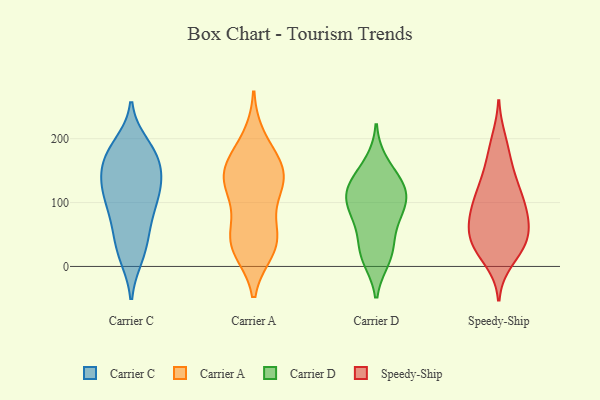
{"axis": {"x": "Headcount", "y": "Value"}, "legend": ["Carrier A", "Carrier C", "Carrier D", "Speedy-Ship"], "data": [{"x": "", "y": 181, "type": "Carrier C"}, {"x": "", "y": 110, "type": "Carrier C"}, {"x": "", "y": 169, "type": "Carrier C"}, {"x": "", "y": 18, "type": "Carrier C"}, {"x": "", "y": 126, "type": "Carrier C"}, {"x": "", "y": 85, "type": "Carrier C"}, {"x": "", "y": 35, "type": "Carrier C"}, {"x": "", "y": 152, "type": "Carrier C"}, {"x": "", "y": 127, "type": "Carrier C"}, {"x": "", "y": 140, "type": "Carrier C"}, {"x": "", "y": 175, "type": "Carrier C"}, {"x": "", "y": 121, "type": "Carrier C"}, {"x": "", "y": 102, "type": "Carrier C"}, {"x": "", "y": 172, "type": "Carrier C"}, {"x": "", "y": 16, "type": "Carrier C"}, {"x": "", "y": 69, "type": "Carrier C"}, {"x": "", "y": 190, "type": "Carrier C"}, {"x": "", "y": 59, "type": "Carrier C"}, {"x": "", "y": 140, "type": "Carrier A"}, {"x": "", "y": 45, "type": "Carrier A"}, {"x": "", "y": 148, "type": "Carrier A"}, {"x": "", "y": 199, "type": "Carrier A"}, {"x": "", "y": 166, "type": "Carrier A"}, {"x": "", "y": 32, "type": "Carrier A"}, {"x": "", "y": 27, "type": "Carrier A"}, {"x": "", "y": 137, "type": "Carrier A"}, {"x": "", "y": 154, "type": "Carrier A"}, {"x": "", "y": 118, "type": "Carrier A"}, {"x": "", "y": 52, "type": "Carrier A"}, {"x": "", "y": 38, "type": "Carrier A"}, {"x": "", "y": 112, "type": "Carrier A"}, {"x": "", "y": 134, "type": "Carrier D"}, {"x": "", "y": 13, "type": "Carrier D"}, {"x": "", "y": 107, "type": "Carrier D"}, {"x": "", "y": 128, "type": "Carrier D"}, {"x": "", "y": 71, "type": "Carrier D"}, {"x": "", "y": 112, "type": "Carrier D"}, {"x": "", "y": 24, "type": "Carrier D"}, {"x": "", "y": 23, "type": "Carrier D"}, {"x": "", "y": 161, "type": "Carrier D"}, {"x": "", "y": 74, "type": "Carrier D"}, {"x": "", "y": 116, "type": "Carrier D"}, {"x": "", "y": 92, "type": "Carrier D"}, {"x": "", "y": 95, "type": "Speedy-Ship"}, {"x": "", "y": 91, "type": "Speedy-Ship"}, {"x": "", "y": 37, "type": "Speedy-Ship"}, {"x": "", "y": 10, "type": "Speedy-Ship"}, {"x": "", "y": 100, "type": "Speedy-Ship"}, {"x": "", "y": 142, "type": "Speedy-Ship"}, {"x": "", "y": 38, "type": "Speedy-Ship"}, {"x": "", "y": 51, "type": "Speedy-Ship"}, {"x": "", "y": 122, "type": "Speedy-Ship"}, {"x": "", "y": 45, "type": "Speedy-Ship"}, {"x": "", "y": 31, "type": "Speedy-Ship"}, {"x": "", "y": 150, "type": "Speedy-Ship"}, {"x": "", "y": 66, "type": "Speedy-Ship"}, {"x": "", "y": 114, "type": "Speedy-Ship"}, {"x": "", "y": 77, "type": "Speedy-Ship"}, {"x": "", "y": 72, "type": "Speedy-Ship"}, {"x": "", "y": 25, "type": "Speedy-Ship"}, {"x": "", "y": 182, "type": "Speedy-Ship"}, {"x": "", "y": 197, "type": "Speedy-Ship"}]}